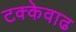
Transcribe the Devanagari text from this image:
टक्केवाढ